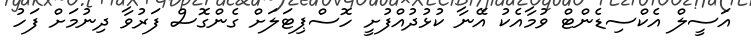
އަސީލް އެކްސިޑެންޓް ވުމާއެކު އޭނާ ކުޅުދުއްފުށީ ހޮސްޕިޓަލަށް ގެންގޮސް ފަރުވާ ދިނުމަށް ފަހު